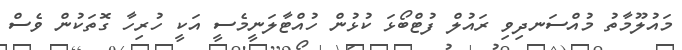
މައުލޫމާތު މުއްސަނދިވި ރައުލް ފުޓްބޯޅަ ކުޅުން ހުއްޓާލަނީމެސީ އަކީ ހުރިހާ ގޮތަކުން ވެސް